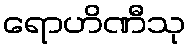
ရောဟိဏီသု